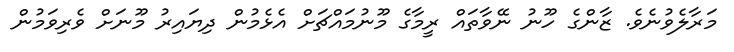
މަރާލެވުނެވެ. ޒާންގެ ހޫނު ނޭވާތައް ރީމާގެ މޫނުމައްޗަށް އެޅެމުން ދިޔައިރު މޫނަށް ވެރިވަމުން